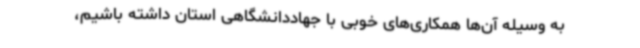
به وسیله آن‌ها همکاری‌های خوبی با جهاددانشگاهی استان داشته باشیم،